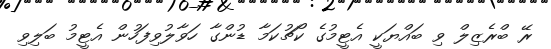
ރޭ ބްރެޒިލް ވި ބައްޔަކީ އެޓީމުގެ ކޯޗުކަމާ ޑުންގާ ހަވާލުވިފަހުން އެޓީމު ބަލިވި